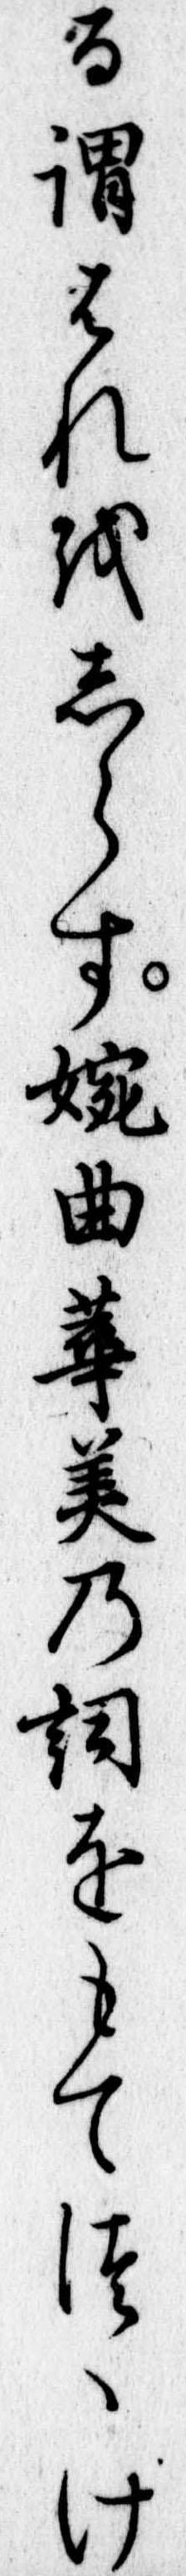
る謂はれをしらす婉曲華美の詞をもてつゝけ